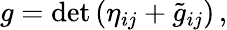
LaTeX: g=\mathrm{det}\left(\eta_{ij}+{\tilde{g}}_{ij}\right)\, ,